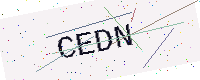
Text: CEDN